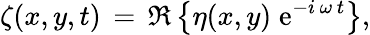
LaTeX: \zeta(x,y,t)\, =\, \Re\left\{ \eta(x,y)\; {\mathrm{e}}^{-i\, \omega\, t}\right\} ,